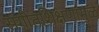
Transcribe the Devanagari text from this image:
संगीतशिक्षणामुळे